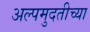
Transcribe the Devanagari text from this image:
अल्पमुदतीच्या